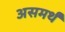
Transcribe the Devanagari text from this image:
असमर्थं